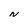
Character: N